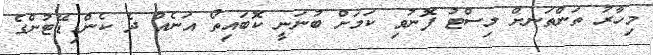
މިހާރު ތަންތަނށް ލިސްޓު ފޮނުވި ކަމަށް ބުނަނީ ކޮބައިތޯ އަނެއް ދެ ކެންޑިޑޭޓުންގެ